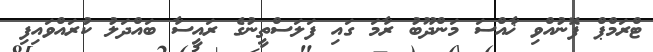
ޓްރަމްޕް ފޮނުއްވި ޚާއްސަ މަންދޫބު ރާމަ ގައި ފަލަސްތީނުގެ ރައީސާ ބައްދަލު ކުރައްވައިފި